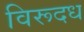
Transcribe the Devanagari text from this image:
विरूदध